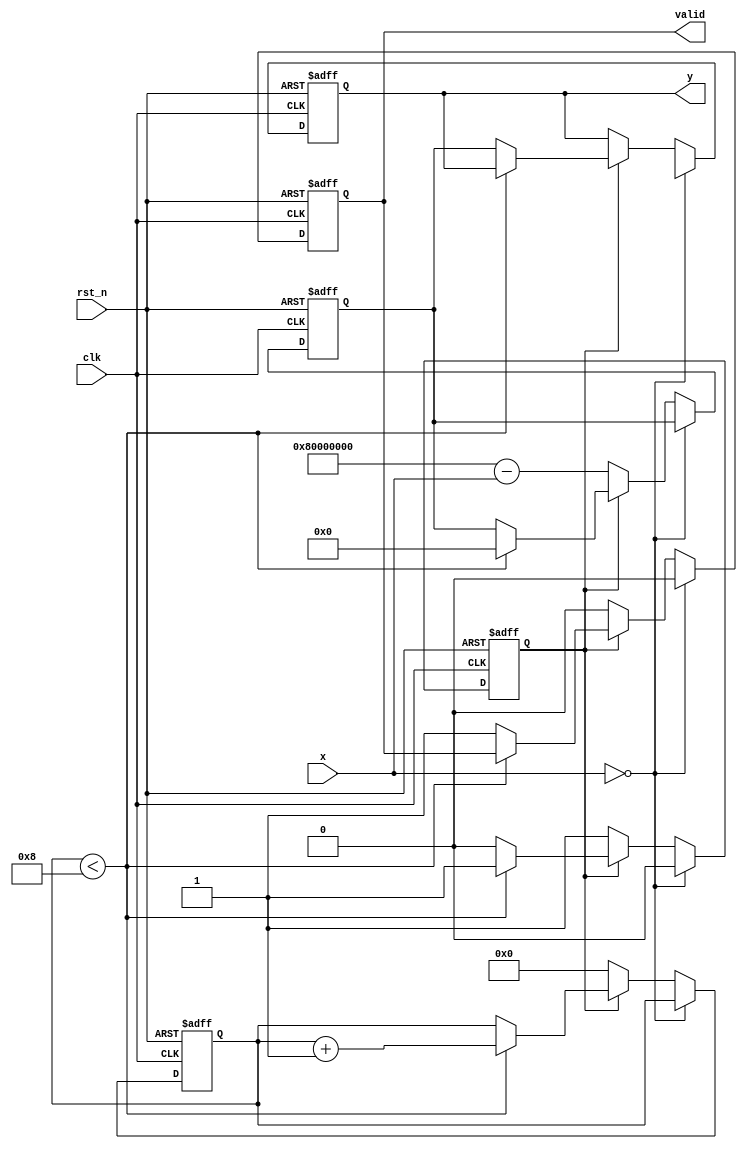
module binary_fractional_reciprocal #(
    parameter N = 16, // Width of input
    parameter M = 32  // Width of output (M > N)
)(
    input  wire clk,             // Clock signal
    input  wire rst_n,           // Active low reset
    input  wire [N-1:0] x,       // Input (0 < x < 1)
    output reg  [M-1:0] y,       // Output (reciprocal of x)
    output reg  valid             // Output valid signal
);

    // Internal signals
    reg [M-1:0] approx;          // Current approximation of reciprocal
    reg [3:0] iteration;          // Iteration counter
    reg computing;                // Computing flag

    // Constants
    localparam MAX_ITERATIONS = 8; // Maximum iterations for Newton-Raphson

    // Newton-Raphson iteration for reciprocal
    always @(posedge clk or negedge rst_n) begin
        if (!rst_n) begin
            y <= 0;
            approx <= 0;
            iteration <= 0;
            computing <= 0;
            valid <= 0;
        end else begin
            if (x == 0) begin
                // Handle edge case: input is zero
                y <= {M{1'bx}}; // Undefined reciprocal
                valid <= 0;
                computing <= 0;
            end else if (!computing) begin
                // Start computation
                approx <= {1'b1, {M-1{1'b0}}} - x; // Initial guess: 1 - x
                iteration <= 0;
                computing <= 1;
                valid <= 0;
            end else if (computing) begin
                // Perform Newton-Raphson iteration
                if (iteration < MAX_ITERATIONS) begin
                    // y(n+1) = y(n) * (2 - x * y(n))
                    approx <= approx * (2**M - x * approx) >> M;
                    iteration <= iteration + 1;
                end else begin
                    // Finished computation
                    y <= approx;
                    valid <= 1;
                    computing <= 0;
                end
            end
        end
    end

endmodule